Leaving Certificate Examination, 1910
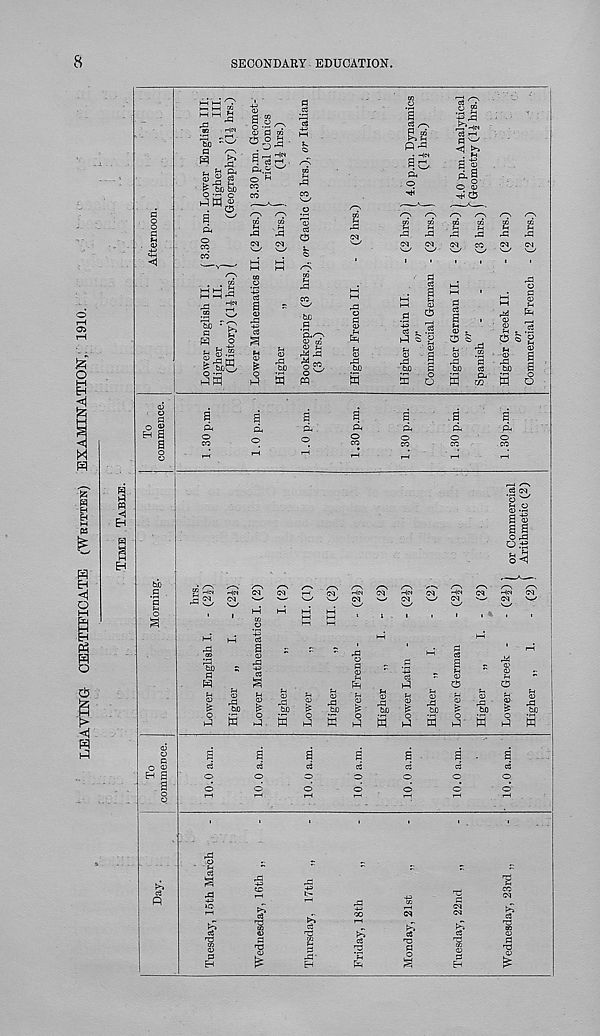
LEAVING- CERTIFICATE (WBITTEN)
EXAMINATION,: 1910.
8
SECONDARY EDUCATION.